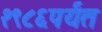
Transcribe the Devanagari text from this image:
१९८६पर्यंत